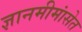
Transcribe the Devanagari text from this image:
ज्ञानमीमांसेत